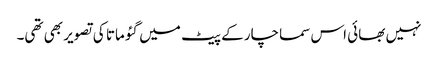
نہیں بھائی اس سماچار کے پیٹ میں گئو ماتا کی تصویر بھی تھی۔